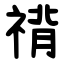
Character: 禙